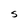
Character: S